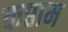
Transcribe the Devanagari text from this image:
कप्ताम